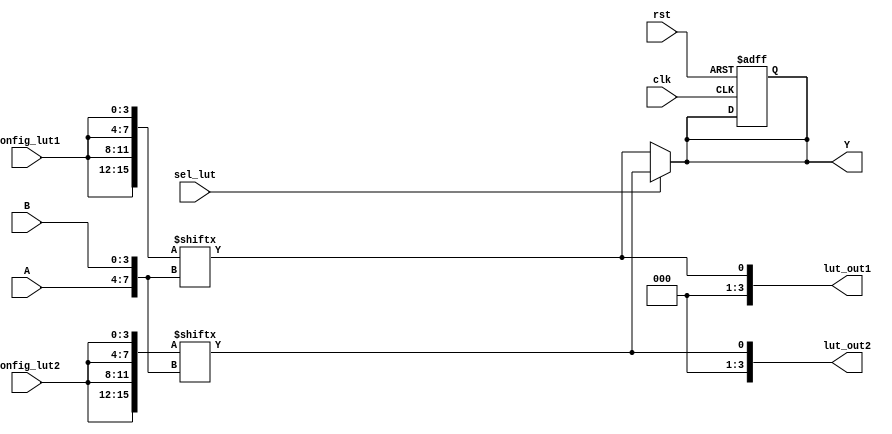
module configurable_logic_block (
    input wire [3:0] A,          // Input ports (4-bit)
    input wire [3:0] B,          // Input ports (4-bit)
    input wire [3:0] config_lut1, // Configuration for LUT1
    input wire [3:0] config_lut2, // Configuration for LUT2
    input wire sel_lut,          // Select signal for MUX
    input wire clk,              // Clock for flip-flop
    input wire rst,              // Reset signal
    output wire Y,               // Output port
    output wire [3:0] lut_out1,  // Output from LUT1
    output wire [3:0] lut_out2   // Output from LUT2
);

// Lookup Table 1 (LUT1)
wire [15:0] lut1; // 4-input LUT with 16 possible outputs
assign lut1 = {config_lut1[3], config_lut1[2], config_lut1[1], config_lut1[0],
               config_lut1[3], config_lut1[2], config_lut1[1], config_lut1[0],
               config_lut1[3], config_lut1[2], config_lut1[1], config_lut1[0],
               config_lut1[3], config_lut1[2], config_lut1[1], config_lut1[0]};

// LUT1 output based on inputs A
assign lut_out1 = lut1[{A, B}];

// Lookup Table 2 (LUT2)
wire [15:0] lut2; // 4-input LUT with 16 possible outputs
assign lut2 = {config_lut2[3], config_lut2[2], config_lut2[1], config_lut2[0],
               config_lut2[3], config_lut2[2], config_lut2[1], config_lut2[0],
               config_lut2[3], config_lut2[2], config_lut2[1], config_lut2[0],
               config_lut2[3], config_lut2[2], config_lut2[1], config_lut2[0]};

// LUT2 output based on inputs A
assign lut_out2 = lut2[{A, B}];

// MUX to select between LUT1 and LUT2 outputs
assign Y = sel_lut ? lut_out2 : lut_out1;

// Optional Flip-Flop for storing output
reg Y_ff;
always @(posedge clk or posedge rst) begin
    if (rst) begin
        Y_ff <= 1'b0; // Reset output
    end else begin
        Y_ff <= Y; // Store output
    end
end

// Final output
assign Y = Y_ff;

endmodule